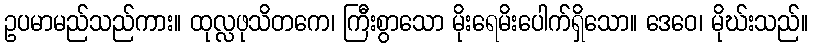
ဥပမာမည်သည်ကား။ ထုလ္လဖုသိတကေ၊ ကြီးစွာသော မိုးရေမိးပေါက်ရှိသော။ ဒေဝေ၊ မိုဃ်းသည်။